Civil Veterinary Department. United Provinces 1912-22 - 1912-1922
Year: 1912
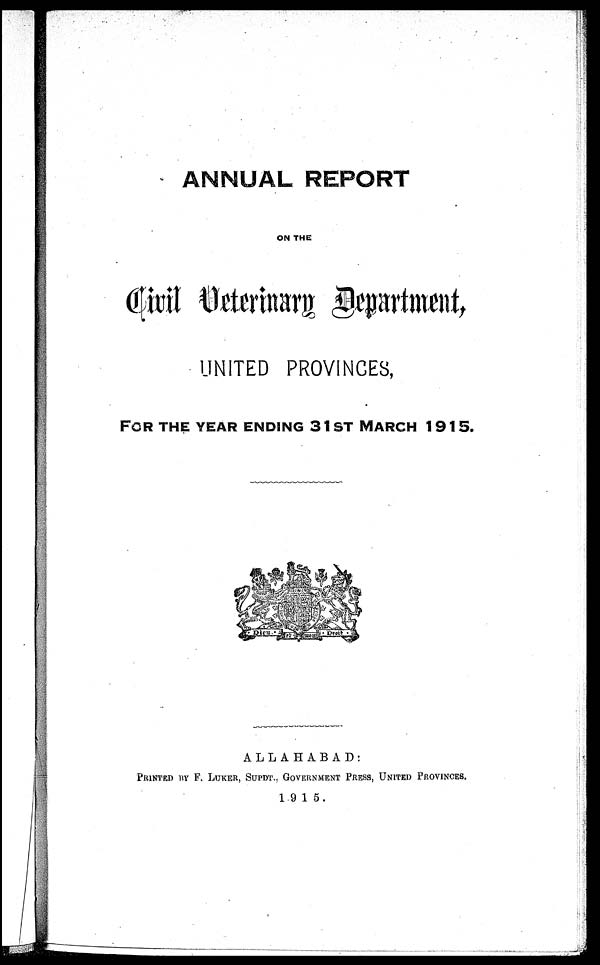
ANNUAL REPORT
ON THE
Civil Veterinary Department,
UNITED PROVINCES,
FOR THE YEAR ENDING 31ST MARCH 1915.
ALLAHABAD:
PRINTED BY F. LUKER, SUPDT., GOVERNMENT PRESS, UNITED PROVINCES.
1915.